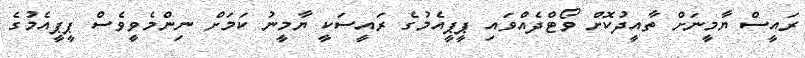
ރައީސް ޔާމީނަށް ތާއީދުކޮށް ވޯޓްދެއްވައި ޕީޕީއެމުގެ ރައީސަކީ ޔާމީނު ކަމަށް ނިންމެވީވެސް ޕީޕީއެމުގެ